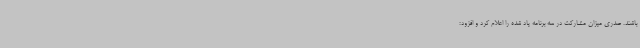
باشند. صدری میزان مشارکت در سه برنامه یاد شده را اعلام کرد و افزود: